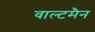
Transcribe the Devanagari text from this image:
वाल्टमैन